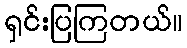
ရှင်းပြကြတယ်။